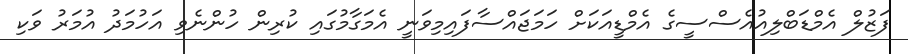
ފަޒުލް އެމްޑަބްލިއުއެސްސީގެ އެމްޑީއަކަށް ހަމަޖައްސާފައިމިވަނީ އެމަގާމުގައި ކުރިން ހުންނެވި އަހުމަދު އުމަރު ވަކި